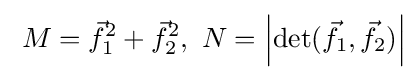
\;M={\vec {f}}_{1}^{2}+{\vec {f}}_{2}^{2},\ N=\left|\det({\vec {f}}_{1},{\vec {f}}_{2})\right|